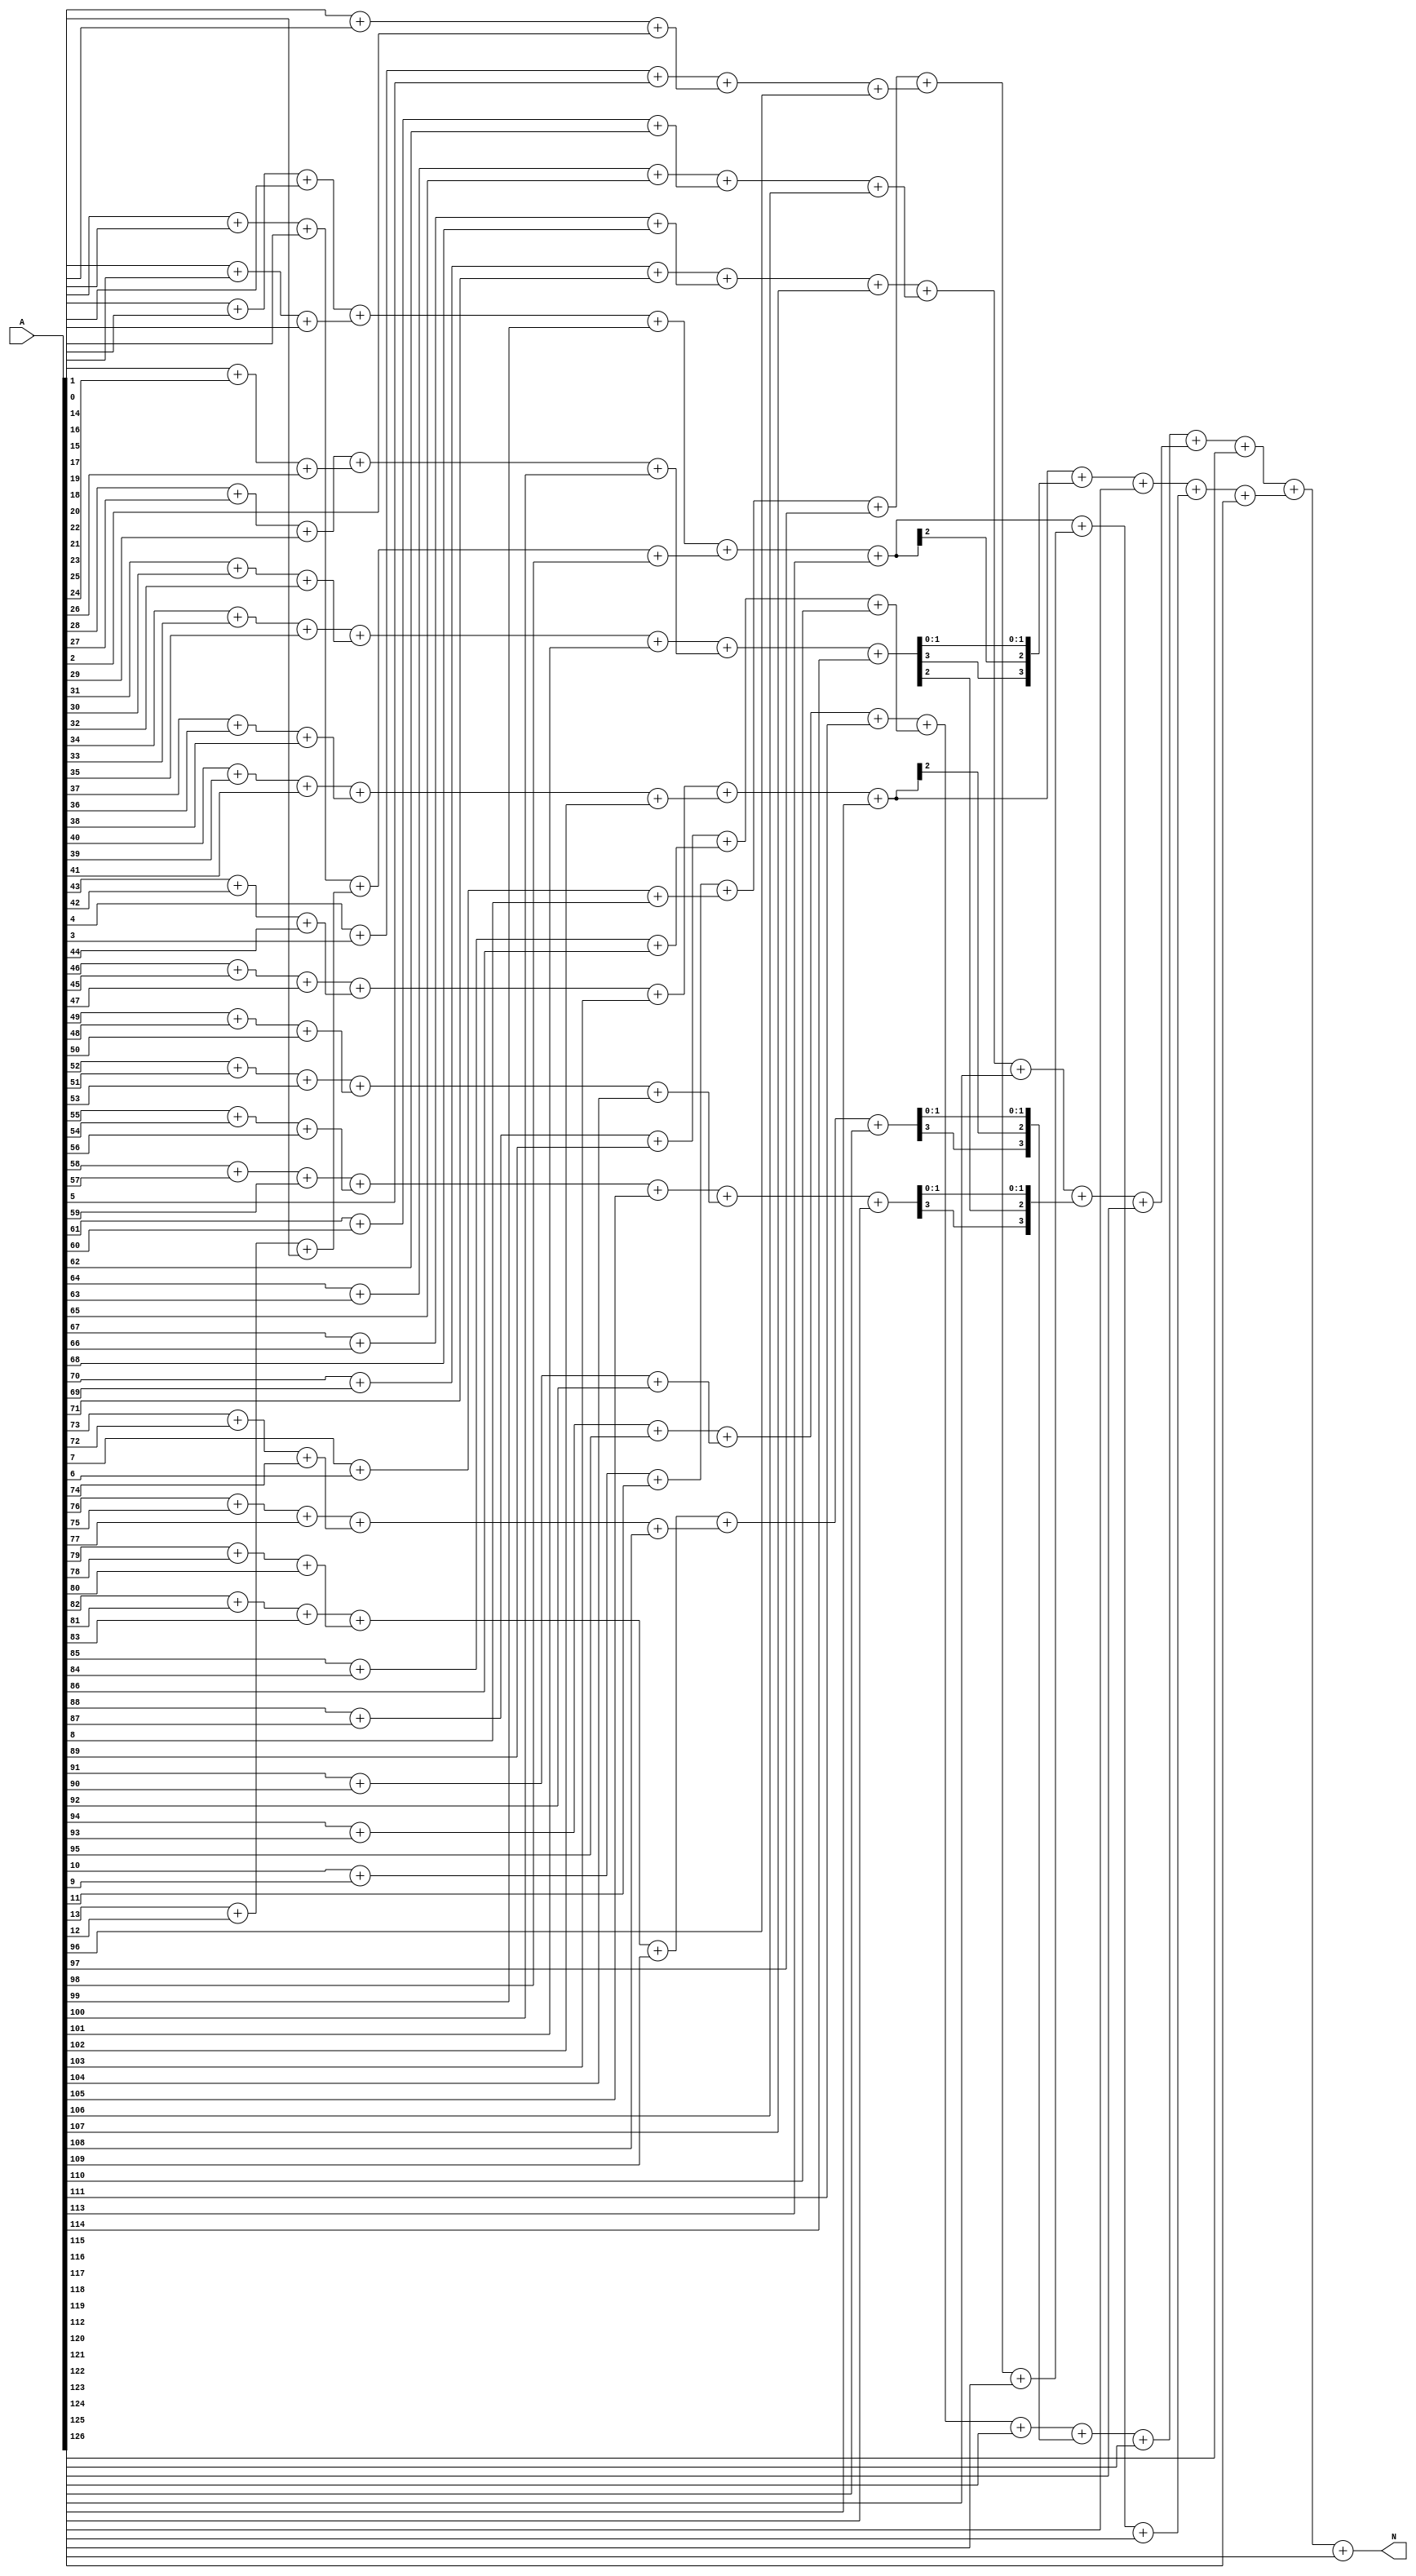
`timescale 1ns/1ns
module My1s_counter_P4_synable(input [126:0]A,output [6:0]N);
wire [63:0]B;
wire [47:0]C;
wire [31:0]D;
wire [19:0]E;
wire [11:0]F;
genvar i;
generate
for (i=0;i<32;i=i+1) begin: Fa1bit
assign #(1*37,1*36) {B[2*i+1],B[2*i]} = A[3*i+1] + A[3*i] + A[3*i+2];
end
for (i=0;i<16;i=i+1) begin: Fa2bit
assign #(2*37,2*36) {C[3*i+2],C[3*i+1],C[3*i]} = {B[4*i+3],B[4*i+2]} + {B[4*i+1],B[4*i]} + A[96+i];
end
for (i=0;i<8;i=i+1) begin: Fa3bit
assign #(3*37,3*36) {D[4*i+3],D[4*i+2],D[4*i+1],D[4*i]} = {C[6*i+5],C[6*i+4],C[6*i+3]} + {C[6*i+2],C[6*i+1],C[6*i]} + A[112+i];
end
for (i=0;i<4;i=i+1) begin: Fa4bit
assign #(4*37,4*36) {E[5*i+4],E[5*i+3],E[5*i+2],E[5*i+1],E[5*i]} = {D[8*i+7],D[8*i+6],D[8*i+5],D[8*i+4]} + {D[8*i+3],D[4*i+2],D[8*i+1],D[8*i]} + A[120+i];
end
for (i=0;i<2;i=i+1) begin: Fa5bit
assign #(5*37,5*36) {F[6*i+5],F[6*i+4],F[6*i+3],F[6*i+2],F[6*i+1],F[6*i]} = {E[10*i+9],E[10*i+8],E[10*i+7],E[10*i+6],E[10*i+5]} + {E[10*i+4],E[10*i+3],E[10*i+2],E[10*i+1],E[10*i]} + A[124+i];
end
for (i=0;i<1;i=i+1) begin: Fa6bit
assign #(6*37,6*36) N = {F[12*i+11],F[12*i+10],F[12*i+9],F[12*i+8],F[12*i+7],F[12*i+6]} + {F[12*i+5],F[12*i+4],F[12*i+3],F[12*i+2],F[12*i+1],F[12*i]} + A[126+i];
end
endgenerate
endmodule